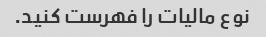
نوع مالیات را فهرست کنید.